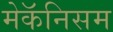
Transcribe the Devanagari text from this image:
मेकॅनिसम